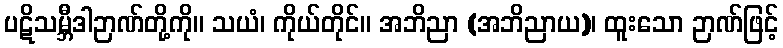
ပဋိသမ္ဘီဒါဉာဏ်တို့ကို။ သယံ၊ ကိုယ်တိုင်။ အဘိညာ (အဘိညာယ)၊ ထူးသော ဉာဏ်ဖြင့်